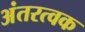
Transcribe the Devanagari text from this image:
अंतरत्वक